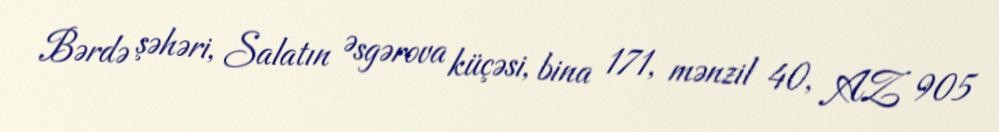
Bərdə şəhəri, Salatın Əsgərova küçəsi, bina 171, mənzil 40, AZ 905